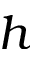
h